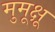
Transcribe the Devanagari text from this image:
मुमूक्षू